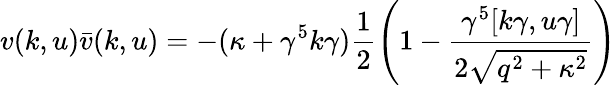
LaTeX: v(k,u)\bar{v}(k,u)=-(\kappa+\gamma^{5}k\gamma)\frac{1}{2}\left(1-\frac{\gamma^{5}[k\gamma,u\gamma]}{2\sqrt{q^{2}+\kappa^{2}}}\right)